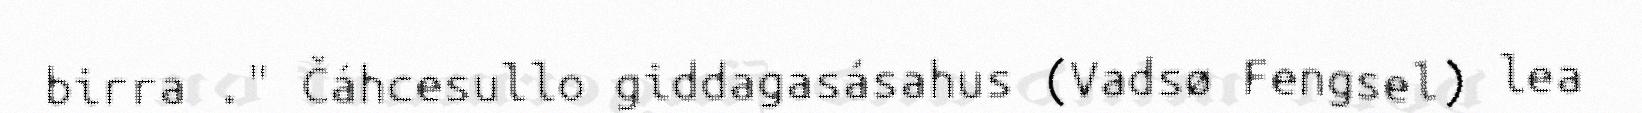
birra ." Čáhcesullo giddagasásahus (Vadsø Fengsel) lea